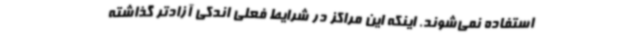
استفاده نمی‌شوند. اینکه این مراکز در شرایط فعلی اندکی آزادتر گذاشته